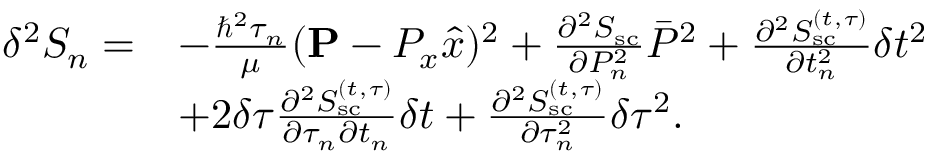
\begin{array} { r l } { \delta ^ { 2 } S _ { n } = } & { - \frac { \hbar ^ { 2 } \tau _ { n } } { \mu } ( { \bf P } - P _ { x } \hat { x } ) ^ { 2 } + \frac { \partial ^ { 2 } S _ { \mathrm { s c } } } { \partial P _ { n } ^ { 2 } } \bar { P } ^ { 2 } + \frac { \partial ^ { 2 } S _ { \mathrm { s c } } ^ { ( t , \tau ) } } { \partial t _ { n } ^ { 2 } } \delta t ^ { 2 } } \\ & { + 2 \delta \tau \frac { \partial ^ { 2 } S _ { \mathrm { s c } } ^ { ( t , \tau ) } } { \partial \tau _ { n } \partial t _ { n } } \delta t + \frac { \partial ^ { 2 } S _ { \mathrm { s c } } ^ { ( t , \tau ) } } { \partial \tau _ { n } ^ { 2 } } \delta \tau ^ { 2 } . } \end{array}